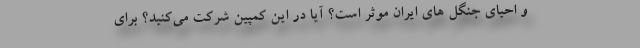
و احیای جنگل های ایران موثر است؟ آیا در این کمپین شرکت می‌کنید؟ برای